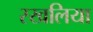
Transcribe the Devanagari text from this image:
रखलिया